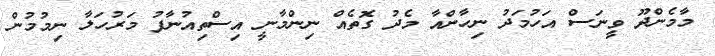
މާމެންދޫ ވީނަސް އަހުމަދު ނިހާންއާ މެދު ގޮތެއް ނިންމާނީ އިސްތިއުނާފު މަރުހަލާ ނިމުމުން